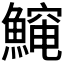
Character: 𱆻